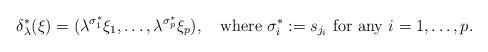
LaTeX: \begin{align*} \delta^*_\lambda(\xi)=(\lambda^{\sigma^*_1}\xi_1,\ldots,\lambda^{\sigma^*_p}\xi_p),\quad\text{where $\sigma^*_i:=s_{j_i}$ for any $i=1,\ldots,p$}.\end{align*}